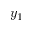
y _ { 1 }